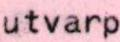
utvarp